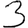
Digit: 3